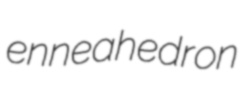
enneahedron